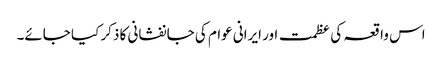
اس واقعہ کی عظمت اور ایرانی عوام کی جانفشانی کا ذکر کیا جائے۔